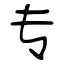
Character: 专